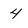
Character: 4